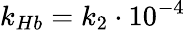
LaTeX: k_{Hb}=k_{2}\cdot 10^{-4}